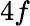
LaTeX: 4f